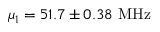
\mu _ { 1 } = 5 1 . 7 \pm 0 . 3 8 ~ \mathrm { M H z }